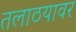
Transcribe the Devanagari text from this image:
तलाठयावर